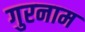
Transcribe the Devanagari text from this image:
गुरनाम